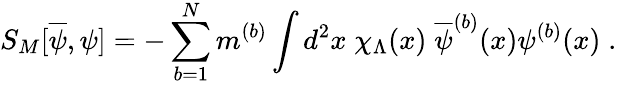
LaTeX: S_{M}[\overline{{{\psi}}},\psi]=-\sum_{b=1}^{N}m^{(b)}\int d^{2}x\; \chi_{\Lambda}(x)\; \overline{{{\psi}}}^{(b)}(x)\psi^{(b)}(x)\; .